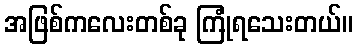
အဖြစ်ကလေးတစ်ခု ကြုံရသေးတယ်။